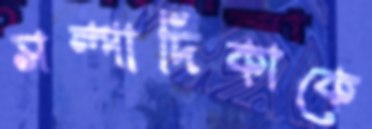
সম্পাদিকাকে